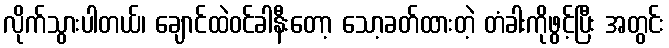
လိုက်သွားပါတယ်၊ ချောင်ထဲဝင်ခါနီးတော့ သော့ခတ်ထားတဲ့ တံခါးကိုဖွင့်ပြီး အတွင်း